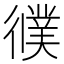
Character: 𢖃